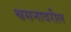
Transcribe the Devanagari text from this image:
श्वसनावरील